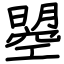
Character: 曌